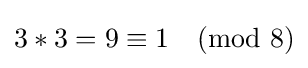
3*3=9\equiv 1{\pmod {8}}